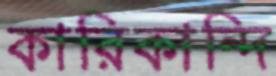
কারিকান্দি